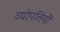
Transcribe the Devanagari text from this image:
उद्योपतियों